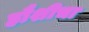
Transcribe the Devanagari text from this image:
हौशीचा